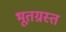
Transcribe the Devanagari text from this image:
भूतग्रस्त